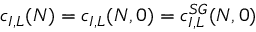
c _ { I , L } ( N ) = c _ { I , L } ( N , 0 ) = c _ { I , L } ^ { S G } ( N , 0 )